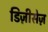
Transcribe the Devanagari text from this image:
डिज़ीसेज़